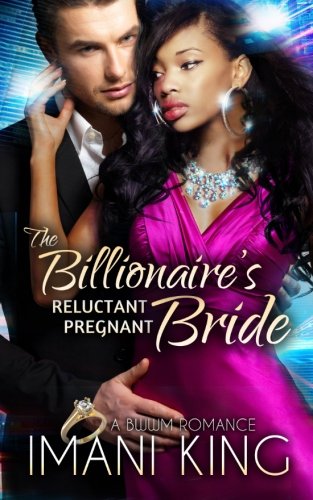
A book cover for The Billionaire's Reluctant Pregnant Bride: A BWWM Romance; Imani King; Romance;